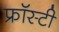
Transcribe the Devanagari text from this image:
फ्रॉस्टी